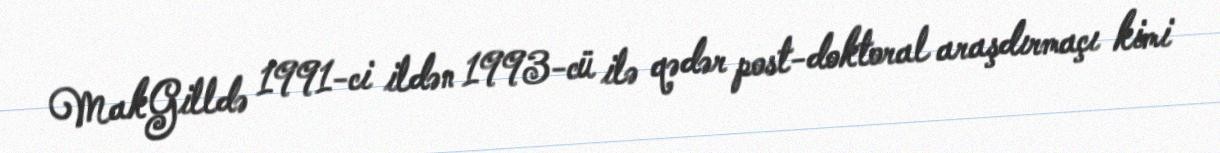
MakGilldə 1991-ci ildən 1993-cü ilə qədər post-doktoral araşdırmaçı kimi